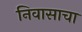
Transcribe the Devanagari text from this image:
निवासाचा